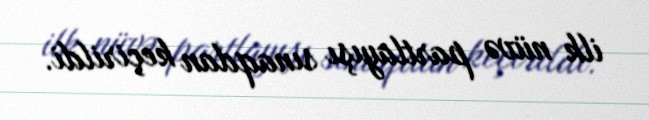
ilk nüvə partlayışı sınaqdan keçirildi.